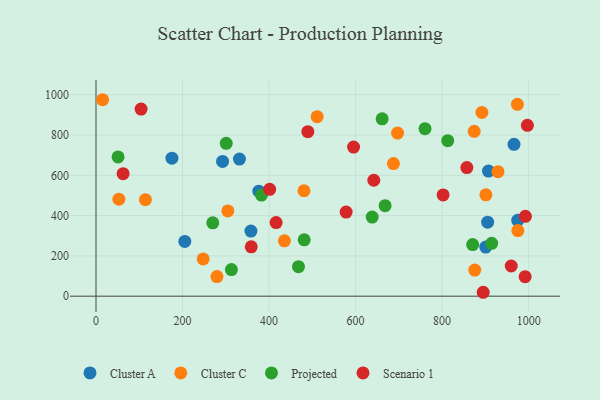
{"axis": {"x": "Speed", "y": "Salary"}, "legend": ["Cluster A", "Cluster C", "Projected", "Scenario 1"], "data": [{"x": "376.4", "y": 521.4, "type": "Cluster A"}, {"x": "974.8", "y": 376.7, "type": "Cluster A"}, {"x": "966.2", "y": 753.6, "type": "Cluster A"}, {"x": "292.5", "y": 668.8, "type": "Cluster A"}, {"x": "905.3", "y": 367.1, "type": "Cluster A"}, {"x": "358.1", "y": 323.3, "type": "Cluster A"}, {"x": "907.2", "y": 620.9, "type": "Cluster A"}, {"x": "205.3", "y": 271.6, "type": "Cluster A"}, {"x": "175.5", "y": 685.2, "type": "Cluster A"}, {"x": "331.5", "y": 680.3, "type": "Cluster A"}, {"x": "900.9", "y": 243.7, "type": "Cluster A"}, {"x": "114.2", "y": 478.9, "type": "Cluster C"}, {"x": "15.3", "y": 975.1, "type": "Cluster C"}, {"x": "279.6", "y": 97.2, "type": "Cluster C"}, {"x": "875.5", "y": 129.8, "type": "Cluster C"}, {"x": "974.1", "y": 952.3, "type": "Cluster C"}, {"x": "901.2", "y": 503.0, "type": "Cluster C"}, {"x": "975.1", "y": 325.4, "type": "Cluster C"}, {"x": "511.2", "y": 891.2, "type": "Cluster C"}, {"x": "687.6", "y": 658.3, "type": "Cluster C"}, {"x": "697.1", "y": 809.4, "type": "Cluster C"}, {"x": "435.5", "y": 274.6, "type": "Cluster C"}, {"x": "247.7", "y": 184.7, "type": "Cluster C"}, {"x": "304.7", "y": 423.4, "type": "Cluster C"}, {"x": "892.0", "y": 912.1, "type": "Cluster C"}, {"x": "480.7", "y": 523.2, "type": "Cluster C"}, {"x": "52.9", "y": 481.4, "type": "Cluster C"}, {"x": "874.2", "y": 818.5, "type": "Cluster C"}, {"x": "929.1", "y": 618.0, "type": "Cluster C"}, {"x": "269.9", "y": 364.0, "type": "Projected"}, {"x": "760.5", "y": 831.5, "type": "Projected"}, {"x": "301.0", "y": 758.9, "type": "Projected"}, {"x": "661.4", "y": 880.3, "type": "Projected"}, {"x": "382.5", "y": 501.8, "type": "Projected"}, {"x": "870.6", "y": 256.3, "type": "Projected"}, {"x": "638.4", "y": 392.8, "type": "Projected"}, {"x": "813.0", "y": 771.9, "type": "Projected"}, {"x": "914.6", "y": 262.6, "type": "Projected"}, {"x": "313.0", "y": 132.0, "type": "Projected"}, {"x": "51.0", "y": 691.1, "type": "Projected"}, {"x": "668.2", "y": 449.0, "type": "Projected"}, {"x": "481.2", "y": 279.8, "type": "Projected"}, {"x": "468.0", "y": 146.7, "type": "Projected"}, {"x": "358.9", "y": 245.2, "type": "Scenario 1"}, {"x": "595.3", "y": 739.9, "type": "Scenario 1"}, {"x": "62.6", "y": 607.9, "type": "Scenario 1"}, {"x": "895.0", "y": 19.4, "type": "Scenario 1"}, {"x": "104.2", "y": 928.7, "type": "Scenario 1"}, {"x": "997.1", "y": 848.1, "type": "Scenario 1"}, {"x": "992.5", "y": 396.5, "type": "Scenario 1"}, {"x": "857.2", "y": 638.4, "type": "Scenario 1"}, {"x": "489.6", "y": 816.4, "type": "Scenario 1"}, {"x": "802.3", "y": 502.8, "type": "Scenario 1"}, {"x": "401.4", "y": 530.3, "type": "Scenario 1"}, {"x": "578.2", "y": 417.4, "type": "Scenario 1"}, {"x": "642.1", "y": 575.3, "type": "Scenario 1"}, {"x": "959.8", "y": 149.7, "type": "Scenario 1"}, {"x": "991.9", "y": 96.6, "type": "Scenario 1"}, {"x": "416.3", "y": 365.5, "type": "Scenario 1"}]}